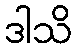
ဒါသိ